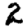
Digit: 2